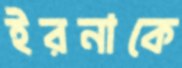
ইরনাকে